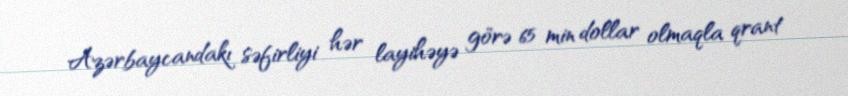
Azərbaycandakı səfirliyi hər layihəyə görə 65 min dollar olmaqla qrant